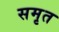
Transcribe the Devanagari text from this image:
समृत